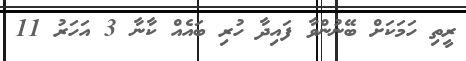
ރީތި ހަމަކަށް ބޭނުންވާ ފައިދާ ހުރި ބައެއް ކާނާ 3 އަހަރު 11